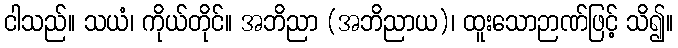
ငါသည်။ သယံ၊ ကိုယ်တိုင်။ အဘိညာ (အဘိညာယ)၊ ထူးသောဉာဏ်ဖြင့် သိ၍။